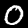
Label: 0